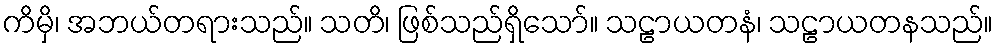
ကိမှိ၊ အဘယ်တရားသည်။ သတိ၊ ဖြစ်သည်ရှိသော်။ သဠာယတနံ၊ သဠာယတနသည်။